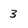
Character: 3